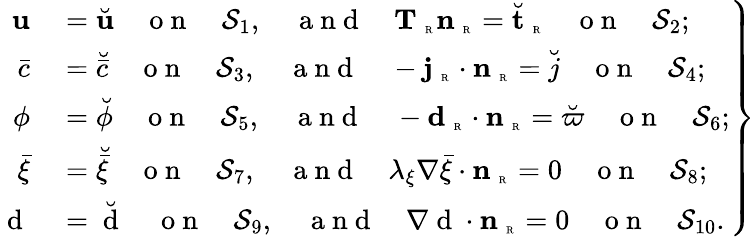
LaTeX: \left.\begin{array}{rl}{{\mathbf u}}&{{}=\breve{{\mathbf u}}\quad\mathrm{~o~n~}\quad\mathcal{S}_{1},\quad\mathrm{~a~n~d~}\quad{\mathbf T}_{\mathrm{~\tiny~R~}}{\mathbf n}_{\mathrm{~\tiny~R~}}=\breve{{\mathbf t}}_{\mathrm{~\tiny~R~}}\quad\mathrm{~o~n~}\quad\mathcal{S}_{2};}\\ {\bar{c}}&{{}=\breve{\bar{c}}\quad\mathrm{~o~n~}\quad\mathcal{S}_{3},\quad\mathrm{~a~n~d~}\quad-{\mathbf j}_{\mathrm{~\tiny~R~}}\cdot{\mathbf n}_{\mathrm{~\tiny~R~}}=\breve{j}\quad\mathrm{~o~n~}\quad\mathcal{S}_{4};}\\ {\phi}&{{}=\breve{\phi}\quad\mathrm{~o~n~}\quad\mathcal{S}_{5},\quad\mathrm{~a~n~d~}\quad-\textbf{d}_{\mathrm{~\tiny~R~}}\cdot{\mathbf n}_{\mathrm{~\tiny~R~}}=\breve{\varpi}\quad\mathrm{~o~n~}\quad\mathcal{S}_{6};}\\ {\bar{\xi}}&{{}=\breve{\bar{\xi}}\quad\mathrm{~o~n~}\quad\mathcal{S}_{7},\quad\mathrm{~a~n~d~}\quad\lambda_{\xi}\nabla\bar{\xi}\cdot{\mathbf n}_{\mathrm{~\tiny~R~}}=0\quad\mathrm{~o~n~}\quad\mathcal{S}_{8};}\\ {\mathrm{~d~}}&{{}=\breve{\mathrm{~d~}}\quad\mathrm{~o~n~}\quad\mathcal{S}_{9},\quad\mathrm{~a~n~d~}\quad{\nabla\mathrm{~d~}}\cdot{\mathbf n}_{\mathrm{~\tiny~R~}}=0\quad\mathrm{~o~n~}\quad\mathcal{S}_{10}.}\end{array}\right\}